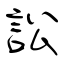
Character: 訟